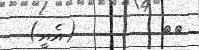
٤٦        (އެއީ)